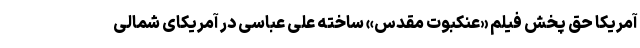
آمریکا حق پخش فیلم «عنکبوت مقدس» ساخته علی عباسی در آمریکای شمالی